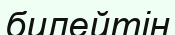
билейтін